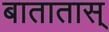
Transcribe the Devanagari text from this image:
बातातास्